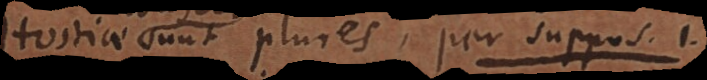
Hostiae sunt plures, per suppos. 1.